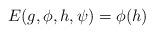
LaTeX: \begin{align*}E(g,\phi,h,\psi) = \phi(h)\end{align*}